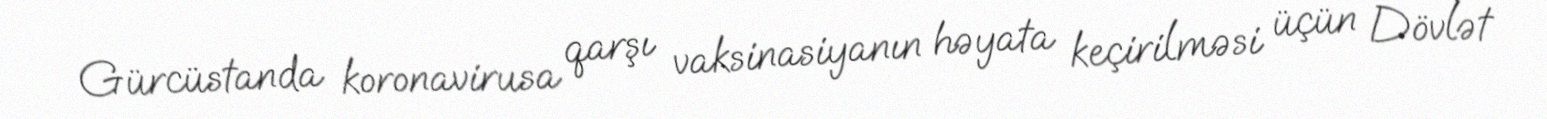
Gürcüstanda koronavirusa qarşı vaksinasiyanın həyata keçirilməsi üçün Dövlət